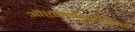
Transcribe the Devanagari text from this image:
ऑप्टोइलेक्ट्रोनिक्स